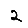
Digit: 2